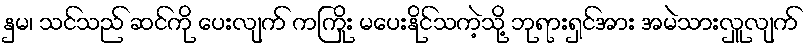
နှမ၊ သင်သည် ဆင်ကို ပေးလျက် ကကြိုး မပေးနိုင်သကဲ့သို့ ဘုရားရှင်အား အမဲသားလှူလျက်